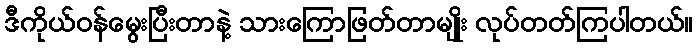
ဒီကိုယ်ဝန်မွေးပြီးတာနဲ့ သားကြောဖြတ်တာမျိုး လုပ်တတ်ကြပါတယ်။